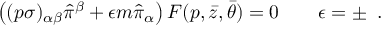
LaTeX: \left( ( p \sigma ) _ { \alpha \beta } \hat { \pi } ^ { \beta } + \epsilon m \hat { \pi } _ { \alpha } \right) F ( p , \bar { z } , \bar { \theta } ) = 0 \qquad \epsilon = \pm \; \; .